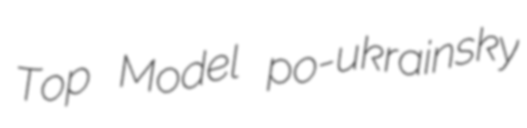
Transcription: Top Model po-ukrainsky